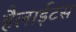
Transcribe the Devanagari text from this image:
हैलाईटस